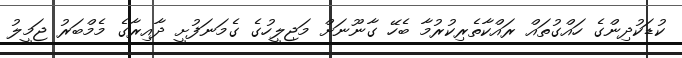
ކުޑަކުދިންގެ ހައްގުތައް ރައްކާތެރިކުރުމާ ބެހޭ ގާނޫނަށް މަޖިލީހުގެ ގެމަނަފުށީ ދާއިރާގެ މެމްބަރު ޖަމީލު